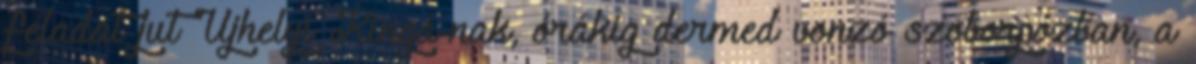
feladat jut Újhelyí Kingá-nak, órákig dermed vonzó szoborpózban, a